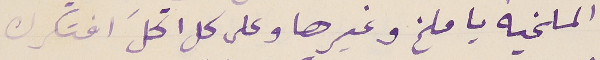
الملخيه يا ملخ وغيرها وعلى كل اكلَ افتكرك